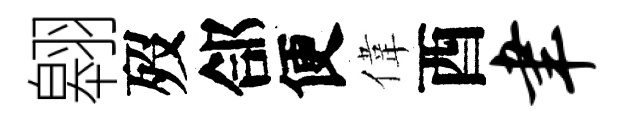
翱歿郃便偉酉聿